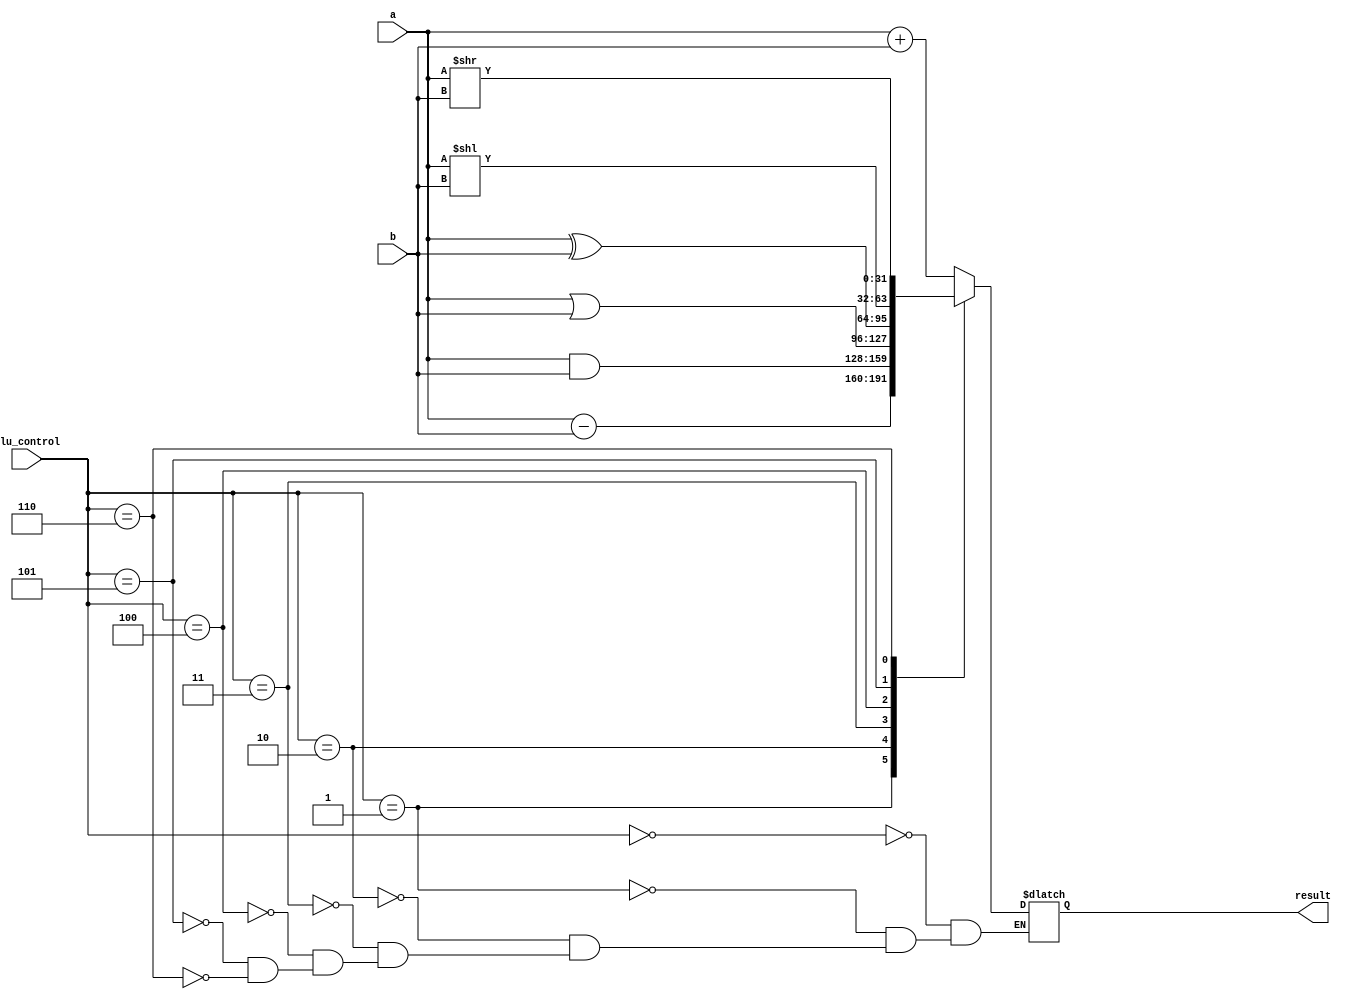
`timescale 1ns / 1ps
//////////////////////////////////////////////////////////////////////////////////
// Company: 
// Engineer: 
// 
// Design Name: 
// Module Name:    MIPS32 
// Project Name: 
// Target Devices: 
// Tool versions: 
// Description: 
//
// Dependencies: 
//
// Revision: 
// Revision 0.01 - File Created
// Additional Comments: 
//
//////////////////////////////////////////////////////////////////////////////////
module alu(input [31:0]a,input [31:0]b,input [2:0]alu_control, output reg [31:0] result);
	always@(*)                                              // ALU block for processor
	begin
		case (alu_control)                                   // control signal for determining operation of ALU
		3'b000: result = a + b; 
		3'b001: result = a - b;
		3'b010: result = a & b;
		3'b011: result = a | b;                              // Operations included are ADD,SUB,AND,OR,XOR,SHIFT_LEFT,SHIFT_RIGHT
		3'b100: result = a ^ b;
		3'b101: result = a << b;
		3'b110: result = a >> b;
		endcase
	end
endmodule